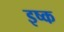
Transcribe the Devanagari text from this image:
इष्क